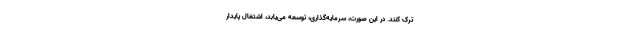
ترک کنند. در این صورت، سرمایه‌گذاری، توسعه می‌یابد، اشتغال پایدار